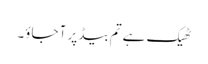
ٹھیک ہے تم بیڈ پر آ جاؤ۔